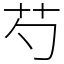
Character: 芍